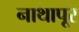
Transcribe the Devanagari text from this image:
नाथापूर